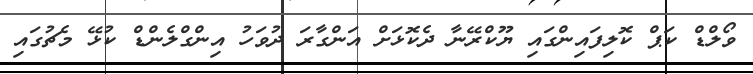
ވޯލްޑް ކަޕް ކޮލިފައިންގައި ޔޫކްރޭނާ ދެކޮޅަށް އަންގާރަ ދުވަހު އިންގްލެންޑް ކުޅޭ މެޗުގައި